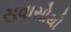
સવાસોથી